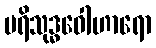
ပရိသုဒ္ဓဝေါဟာရော